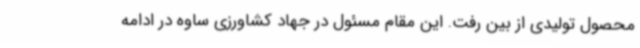
محصول تولیدی از بین رفت. این مقام مسئول در جهاد کشاورزی ساوه در ادامه